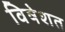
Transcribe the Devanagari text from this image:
विषेशत